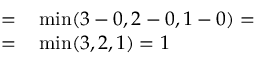
\begin{array} { r l } { = } & { { } \operatorname* { m i n } ( 3 - 0 , 2 - 0 , 1 - 0 ) = } \\ { = } & { { } \operatorname* { m i n } ( 3 , 2 , 1 ) = 1 } \end{array}